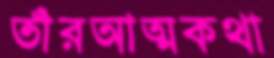
তাঁরআত্মকথা